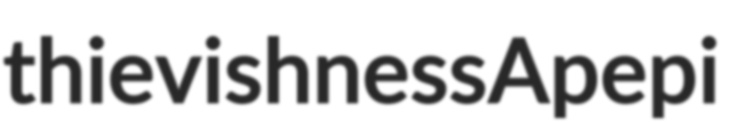
thievishness Apepi